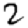
Digit: 2